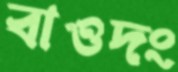
বাওদং